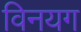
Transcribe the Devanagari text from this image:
विनयग